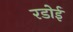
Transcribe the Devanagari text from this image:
रडोई